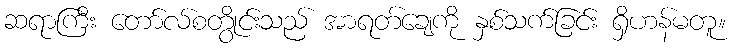
ဆရာကြီး တော်လ်စတွိုင်းသည် အာရတ်ချေကို နှစ်သက်ခြင်း ရှိဟန်မတူ။